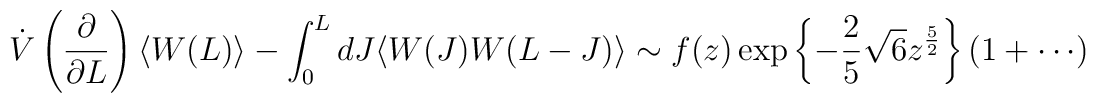
\dot {V} \left(\frac{\partial}{\partial L } \right) \langle W (L) \rangle -\int_{0}^{L} dJ \langle W(J) W( L - J ) \rangle \sim f(z) \exp \left \{ -\frac{2}{5} \sqrt{6} z^{\frac{5}{2}} \right \} ( 1 + \cdots )